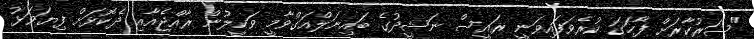
"ސަރުކާރަށް ފާހަގަ ކުރެވަފައިވަނީ ރައީސް ނަޝީދުގެ ބައިނަލްއަގްވާމީ ވަކީލުން ރާއްޖެއާއި ދެކޮޅަށް ފިޔަވަޅު